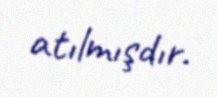
atılmışdır.